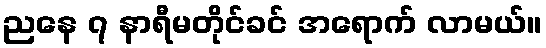
ညနေ ၇ နာရီမတိုင်ခင် အရောက် လာမယ်။